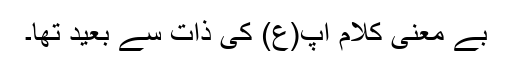
بے معنی کلام آپ(ع) کی ذات سے بعید تھا۔